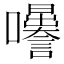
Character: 𡅜